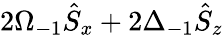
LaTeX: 2\Omega_{-1}\hat{S}_{x}+2\Delta_{-1}\hat{S}_{z}